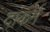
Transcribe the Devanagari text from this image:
दांकर्म